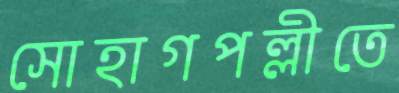
সোহাগপল্লীতে